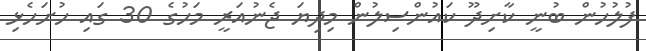
ފުލުހުން ބުނީ ކާށިދޫ ކައުންސިލުން މިދިޔަ ޖެނުއަރީ މަހުގެ 30 ގައި ހުށަހެޅި